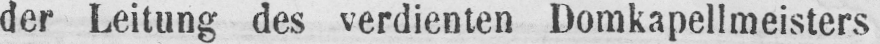
der Leitung des verdienten Domkapellmeisters